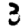
Digit: 3